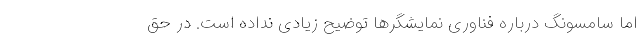
اما سامسونگ درباره فناوری نمایشگرها توضیح زیادی نداده است. در حق